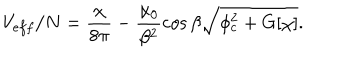
LaTeX: V _ { e f f } / N = \frac { \chi } { 8 \pi } - \frac { \alpha _ { 0 } } { \beta ^ { 2 } } \cos \beta \sqrt { \phi _ { c } ^ { 2 } + G [ \chi ] } .